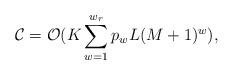
LaTeX: \begin{align*}\mathcal{C}_{} = \mathcal{O}(K\sum_{w=1}^{w_{r}} p_{w}L(M+1)^{w}),\end{align*}